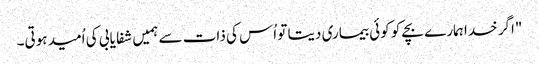
"اگر خدا ہمارے بچے کو کوئی بیماری دیتا تو اُس کی ذات سے ہمیں شفا یابی کی اُمید ہوتی۔